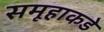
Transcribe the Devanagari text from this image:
समूहाकडे